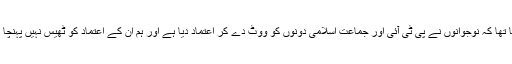
ان کا کہنا تھا کہ نوجوانوں نے پی ٹی آئی اور جماعت اسلامی دونوں کو ووٹ دے کر اعتماد دیا ہے اور ہم ان کے اعتماد کو ٹھیس نہیں پہنچا ئیں گے ۔